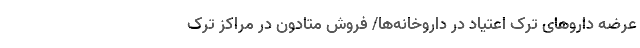
عرضه داروهای ترک اعتیاد در داروخانه‌ها/ فروش متادون در مراکز ترک